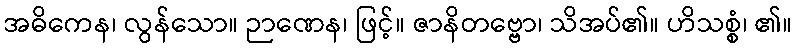
အဓိကေန၊ လွန်သော။ ဉာဏေန၊ ဖြင့်။ ဇာနိတဗ္ဗော၊ သိအပ်၏။ ဟိသစ္စံ၊ ၏။